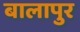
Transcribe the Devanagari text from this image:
बालापुर